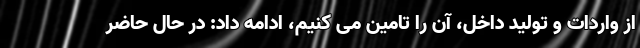
از واردات و تولید داخل، آن را تامین می کنیم، ادامه داد: در حال حاضر